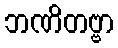
ဘဏိတဗ္ဗာ